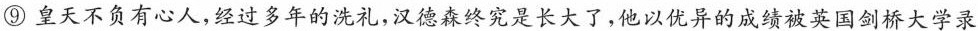
⑨皇天不负有心人，经过多年的洗礼，汉德森终究是长大了，他以优异的成绩被英国剑桥大学录